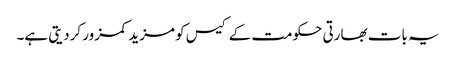
یہ بات بھارتی حکومت کے کیس کو مزید کمزور کردیتی ہے۔